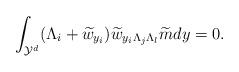
LaTeX: \begin{align*} \int_{\mathcal{Y}^d} (\Lambda_i+\widetilde{w}_{y_i} )\widetilde{w}_{y_i\Lambda_j\Lambda_l}\widetilde{m}dy=0. \end{align*}